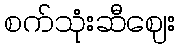
စက်သုံးဆီဈေး